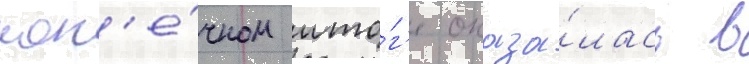
кон'е́чном ито́г'е оказа́лась в